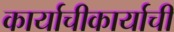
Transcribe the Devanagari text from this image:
कार्याचीकार्याची